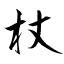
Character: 杖